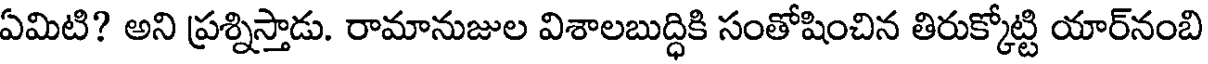
ఏమిటి? అని ప్రశ్నిస్తాడు. రామానుజుల విశాలబుద్ధికి సంతోషించిన తిరుక్కోట్టి యార్నంబి